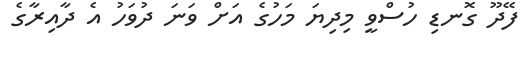
ފޭދޫ ގޮނޑި ހުސްވީ މިދިޔަ މަހުގެ އަށް ވަނަ ދުވަހު އެ ދާއިރާގެ